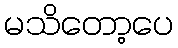
မသိတော့ပေ